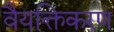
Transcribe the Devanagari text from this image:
वैयक्तिकरण